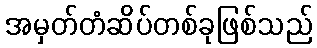
အမှတ်တံဆိပ်တစ်ခုဖြစ်သည်